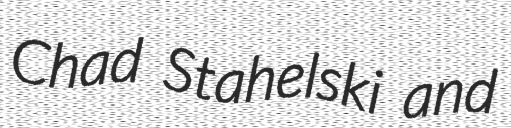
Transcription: Chad Stahelski and